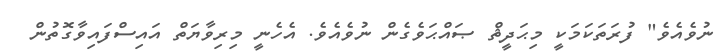
ނުވެއެވެ" ފުރަތަކަމަކީ މިޙަދީޘް ޞައްޙަވެގެން ނުވެއެވެ. އެހެނީ މިރިވާޔަތް އައިސްފައިވާގޮތުން